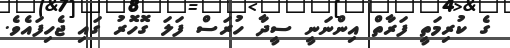
ގެ ކުރިމަތީ ފަރާތް އިންނަނީ ސީދާ ހުރަސް ފަލަ ގޮހޮރު ގައި ޖެހިފައެވެ.